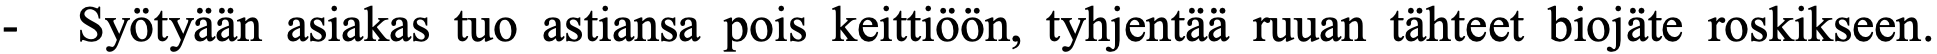
-  Syötyään asiakas tuo astiansa pois keittiöön, tyhjentää ruuan tähteet biojäte roskikseen.